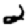
Digit: 2